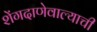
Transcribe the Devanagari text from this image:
शेंगदाणेवाल्याची